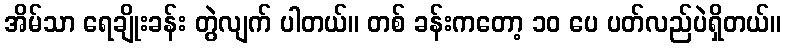
အိမ်သာ ရေချိုးခန်း တွဲလျက် ပါတယ်။ တစ် ခန်းကတော့ ၁၀ ပေ ပတ်လည်ပဲရှိတယ်။